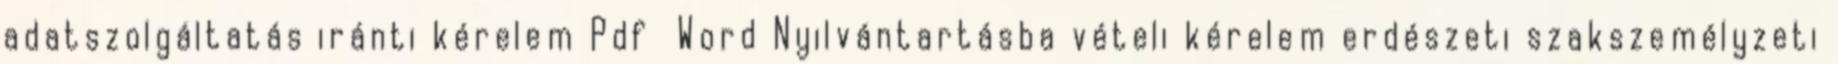
adatszolgáltatás iránti kérelem Pdf Word Nyilvántartásba vételi kérelem erdészeti szakszemélyzeti